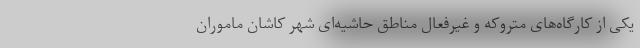
یکی از کارگاه‌های متروکه و غیرفعال مناطق حاشیه‌ای شهر کاشان ماموران